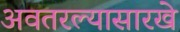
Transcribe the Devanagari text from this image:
अवतरल्यासारखे